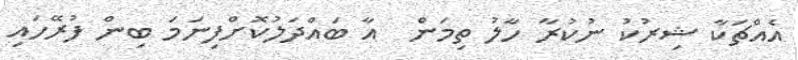
އެއްޗަކާ ޝިރުކު ނުކުރާ ހާލު ތިމަން  އާ ބައްދަލުކޮށްފިނަމަ ބިން ފުރޭހައި